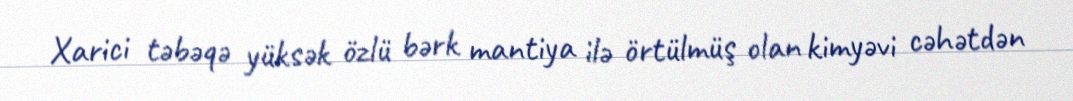
Xarici təbəqə yüksək özlü bərk mantiya ilə örtülmüş olan kimyəvi cəhətdən